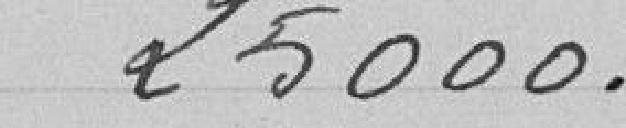
Etalages                          5000.